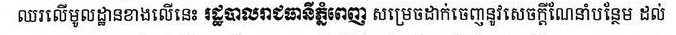
ឈរលើមូលដ្ឋានខាងលើនេះ រដ្ឋាបាលរាជធានីភ្នំពេញ សម្រេចដាក់ចេញនូវសេចក្ដីណែនាំបន្ថែម ដល់